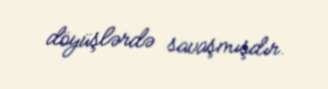
döyüşlərdə savaşmışdır.